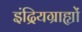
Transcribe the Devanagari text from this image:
इंद्रियग्राह्यों